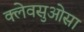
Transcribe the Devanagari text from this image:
क्लेवसुओसा